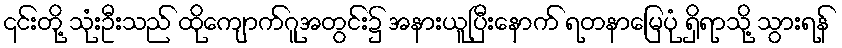
၎င်းတို့ သုံးဦးသည် ထိုကျောက်ဂူအတွင်း၌ အနားယူပြီးနောက် ရတနာမြေပုံ ရှိရာသို့ သွားရန်